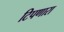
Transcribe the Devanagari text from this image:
टिपणारा